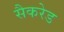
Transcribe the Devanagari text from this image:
सैकरेड